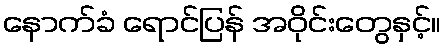
နောက်ခံ ရောင်ပြန် အဝိုင်းတွေနှင့်။